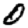
Digit: 0